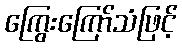
ကြွေးကြော်သံဖြင့်